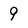
Character: 9